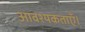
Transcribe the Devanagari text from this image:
आवश्यकताएँ।